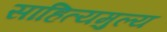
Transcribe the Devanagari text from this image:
साहित्यमुल्य